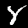
Label: 8